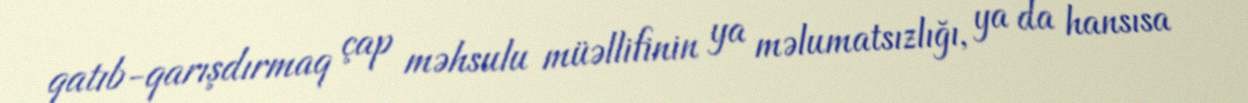
qatıb-qarışdırmaq çap məhsulu müəllifinin ya məlumatsızlığı, ya da hansısa